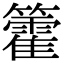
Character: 籗